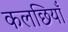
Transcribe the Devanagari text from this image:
कलछियाँ